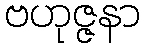
ဗဟုဇ္ဇနာ